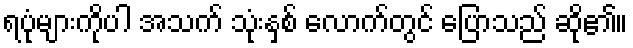
ရပုံများကိုပါ အသက် သုံးနှစ် လောက်တွင် ပြောသည် ဆို၏။